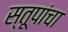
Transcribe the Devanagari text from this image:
स्तूपांचा